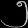
Digit: ၅